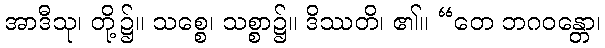
အာဒီသု၊ တို့၌။ သစ္စေ၊ သစ္စာ၌။ ဒိဿတိ၊ ၏။ “တေ ဘဂဝန္တော၊